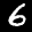
Digit: 6